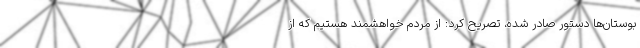
بوستان‌ها دستور صادر شده، تصریح کرد: از مردم خواهشمند هستیم که از